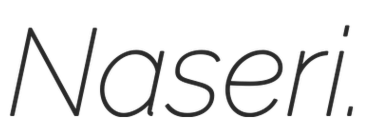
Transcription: Naseri.